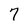
Character: 7